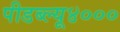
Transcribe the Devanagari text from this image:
पीडब्ल्यू४०००